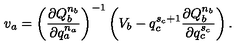
v _ { a } = \left( \frac { \partial Q _ { b } ^ { n _ { b } } } { \partial q _ { a } ^ { n _ { a } } } \right) ^ { - 1 } \left( V _ { b } - q _ { c } ^ { s _ { c } + 1 } \frac { \partial Q _ { b } ^ { n _ { b } } } { \partial q _ { c } ^ { s _ { c } } } \right) .